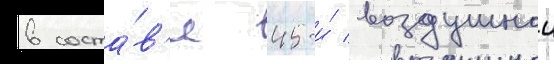
в соста́в'е 45-и́ воздушнои